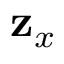
\mathbf { z } _ { x }